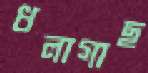
ধলাগাছ